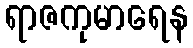
ရာဇကုမာရေန